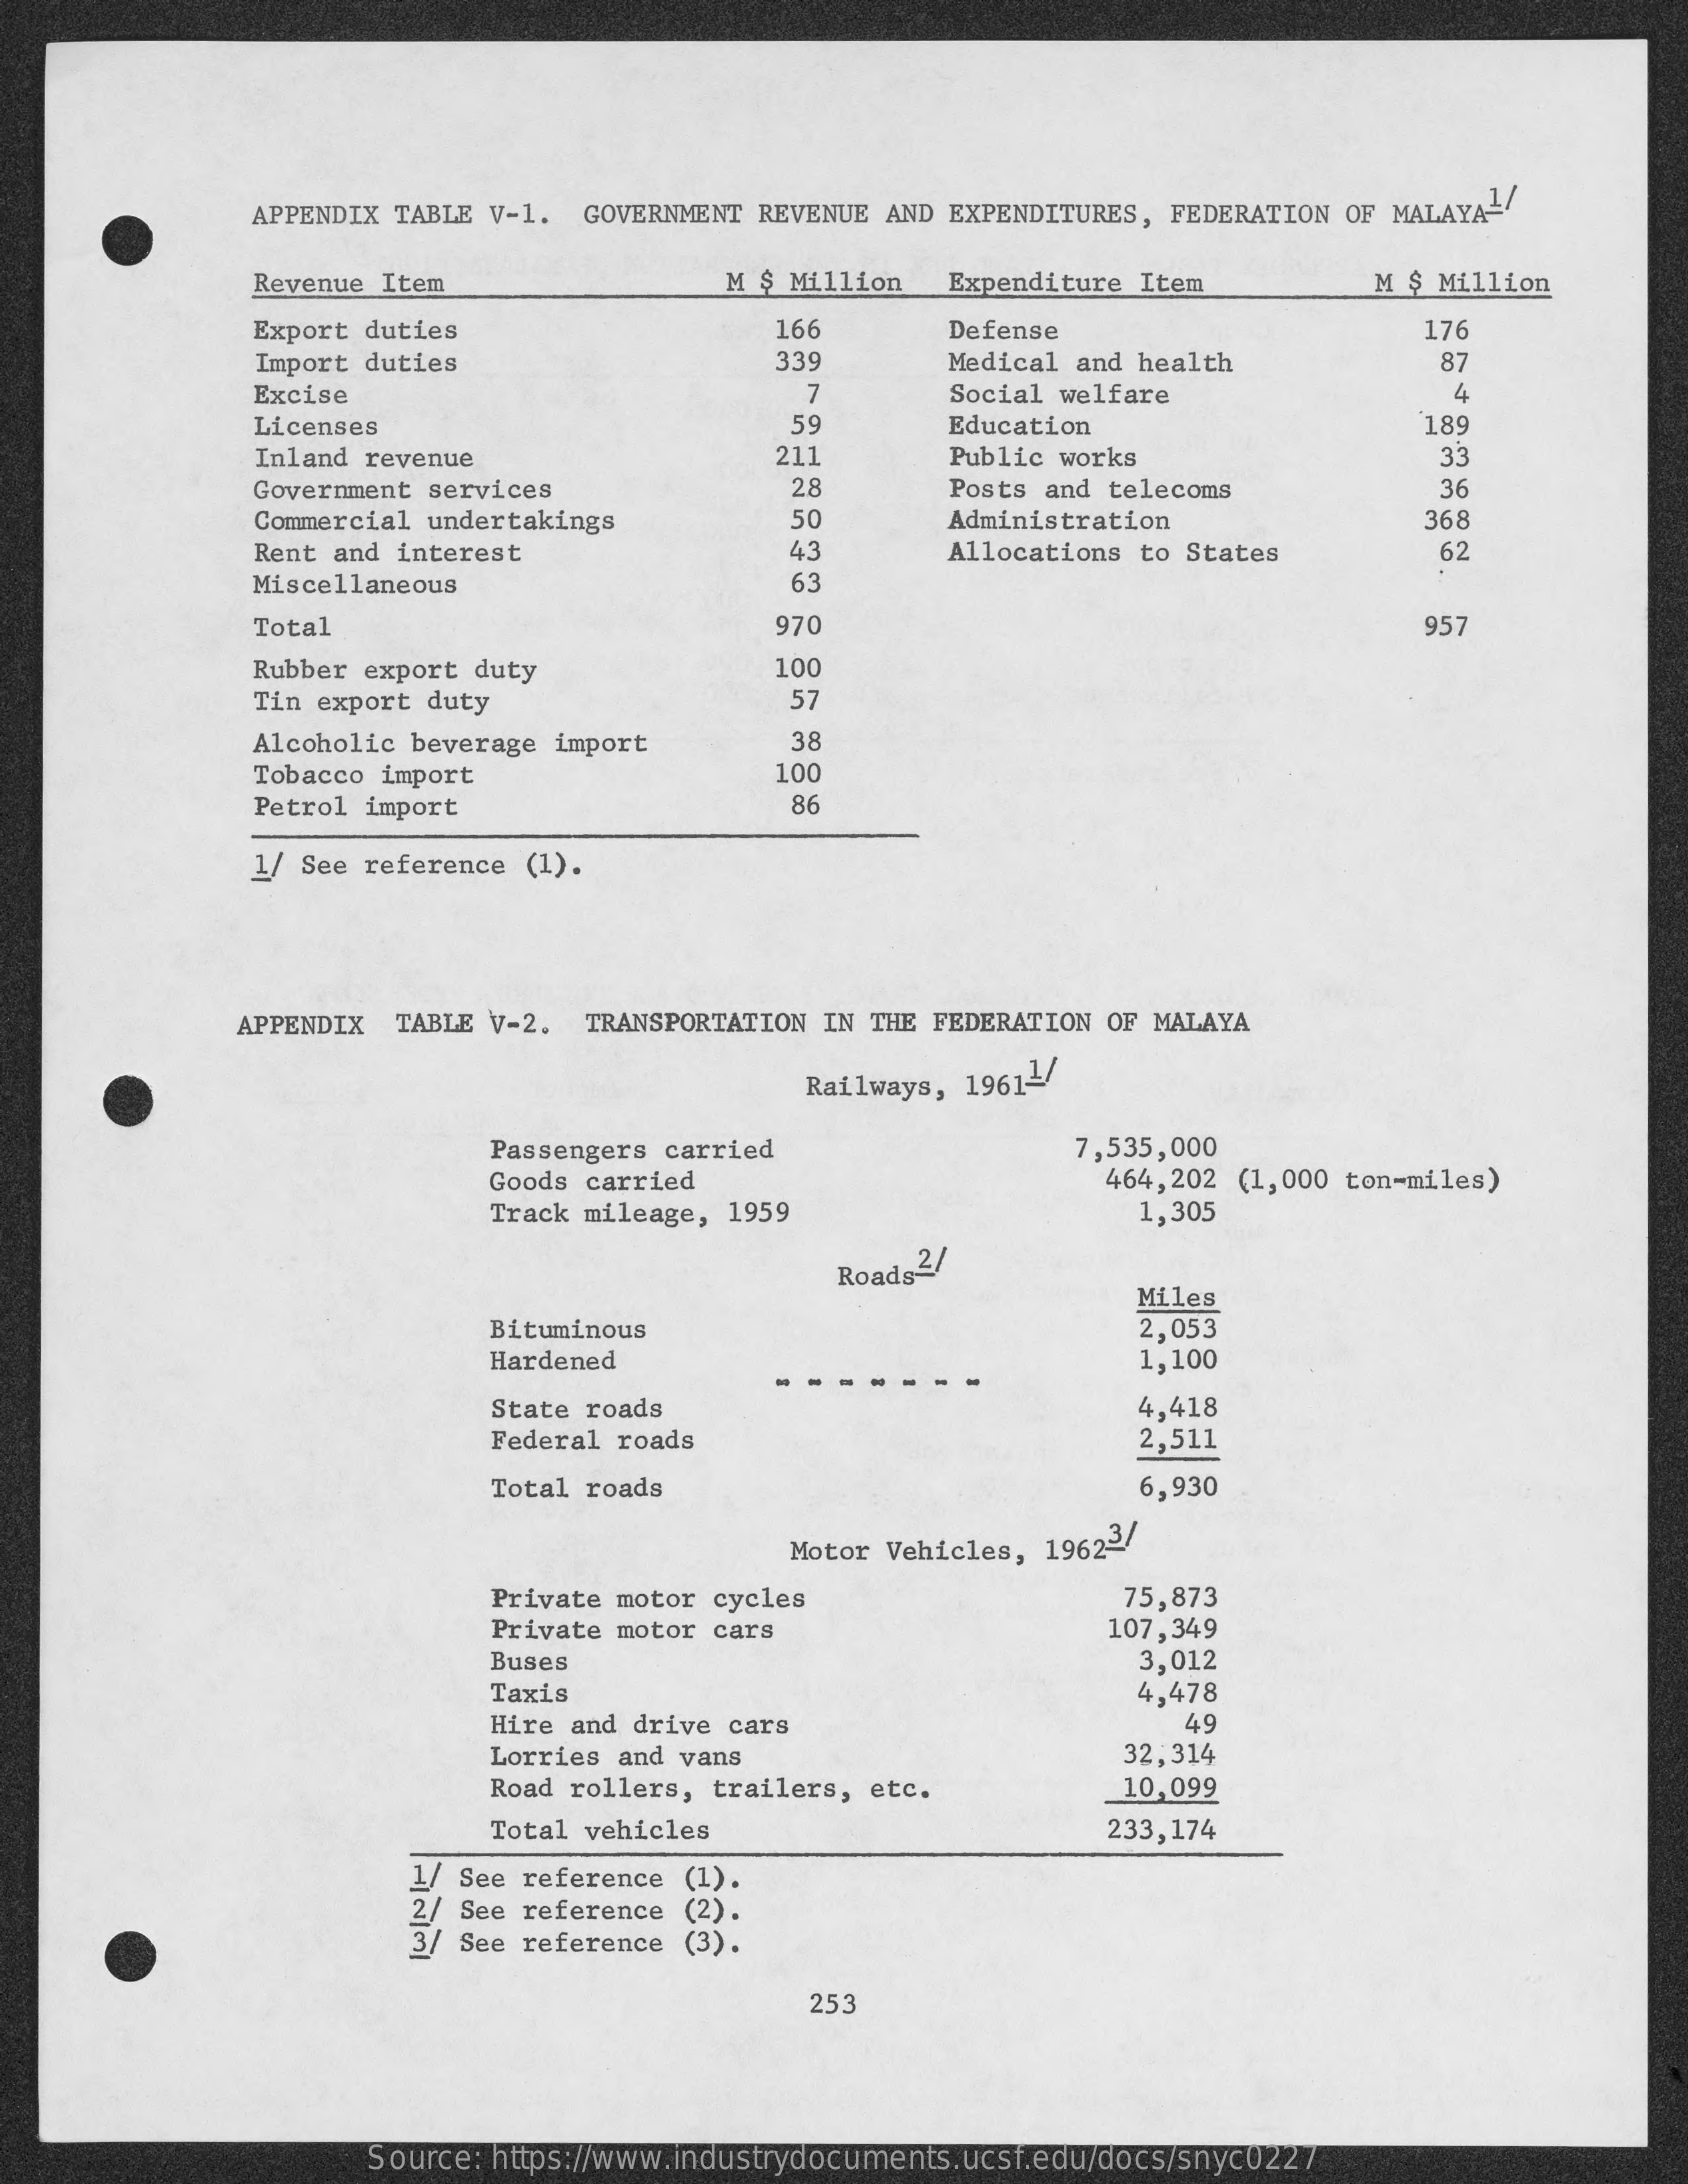
APPENDIX TABLE V-1. GOVERNMENT REVENUE AND EXPENDITURES, FEDERATION OF MALAYA-
     Revenue Item    M $ Million  Expenditure Item    M $ Million
     Export duties    166    Defense    176
     Import duties    339    Medical and health    87
     Excise    7    Social welfare    4
     Licenses    59    Education    189
     Inland revenue    211    Public works    33
     Government services    28    Posts and telecoms    36
     Commercial undertakings    50    Administration    368
     Rent and interest    43    Allocations to States    62
     Miscellaneous    63
     Total    970    957
     Rubber export duty    100
     Tin export duty    57
     Alcoholic beverage import    38
     Tobacco import    100
     Petrol import    86
     1/ See reference (1).
     APPENDIX TABLE V-2. TRANSPORTATION IN THE FEDERATION OF MALAYA
     Railways, 19611/
     Passengers carried    7,535,000
     Goods carried    464,202 (1,000 ton-miles)
     Track mileage, 1959    1,305
     Roads2/
     Miles
     Bituminous    2,053
     Hardened    1,100
     State roads    4,418
     Federal roads    2,511
     Total roads    6,930
     Motor Vehicles, 19623/
     Private motor cycles    75,873
     Private motor cars    107,349
     Buses    3,012
     Taxis    4,478
     Hire and drive cars    49
     Lorries and vans    32,314
     Road rollers, trailers, etc.    10,099
     Total vehicles    233,174
     1/ See reference (1).
     2/ See reference (2) .
     3/ See reference (3).
     253
     Source: https://www.industrydocuments.ucsf.edu/docs/snyc0227